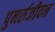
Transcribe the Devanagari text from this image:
पुनर्रुजीवन